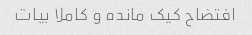
افتضاح کیک مانده و کاملا بیات